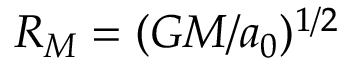
R _ { M } = ( G M / a _ { 0 } ) ^ { 1 / 2 }